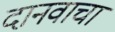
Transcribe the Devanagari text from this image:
दानवाचा